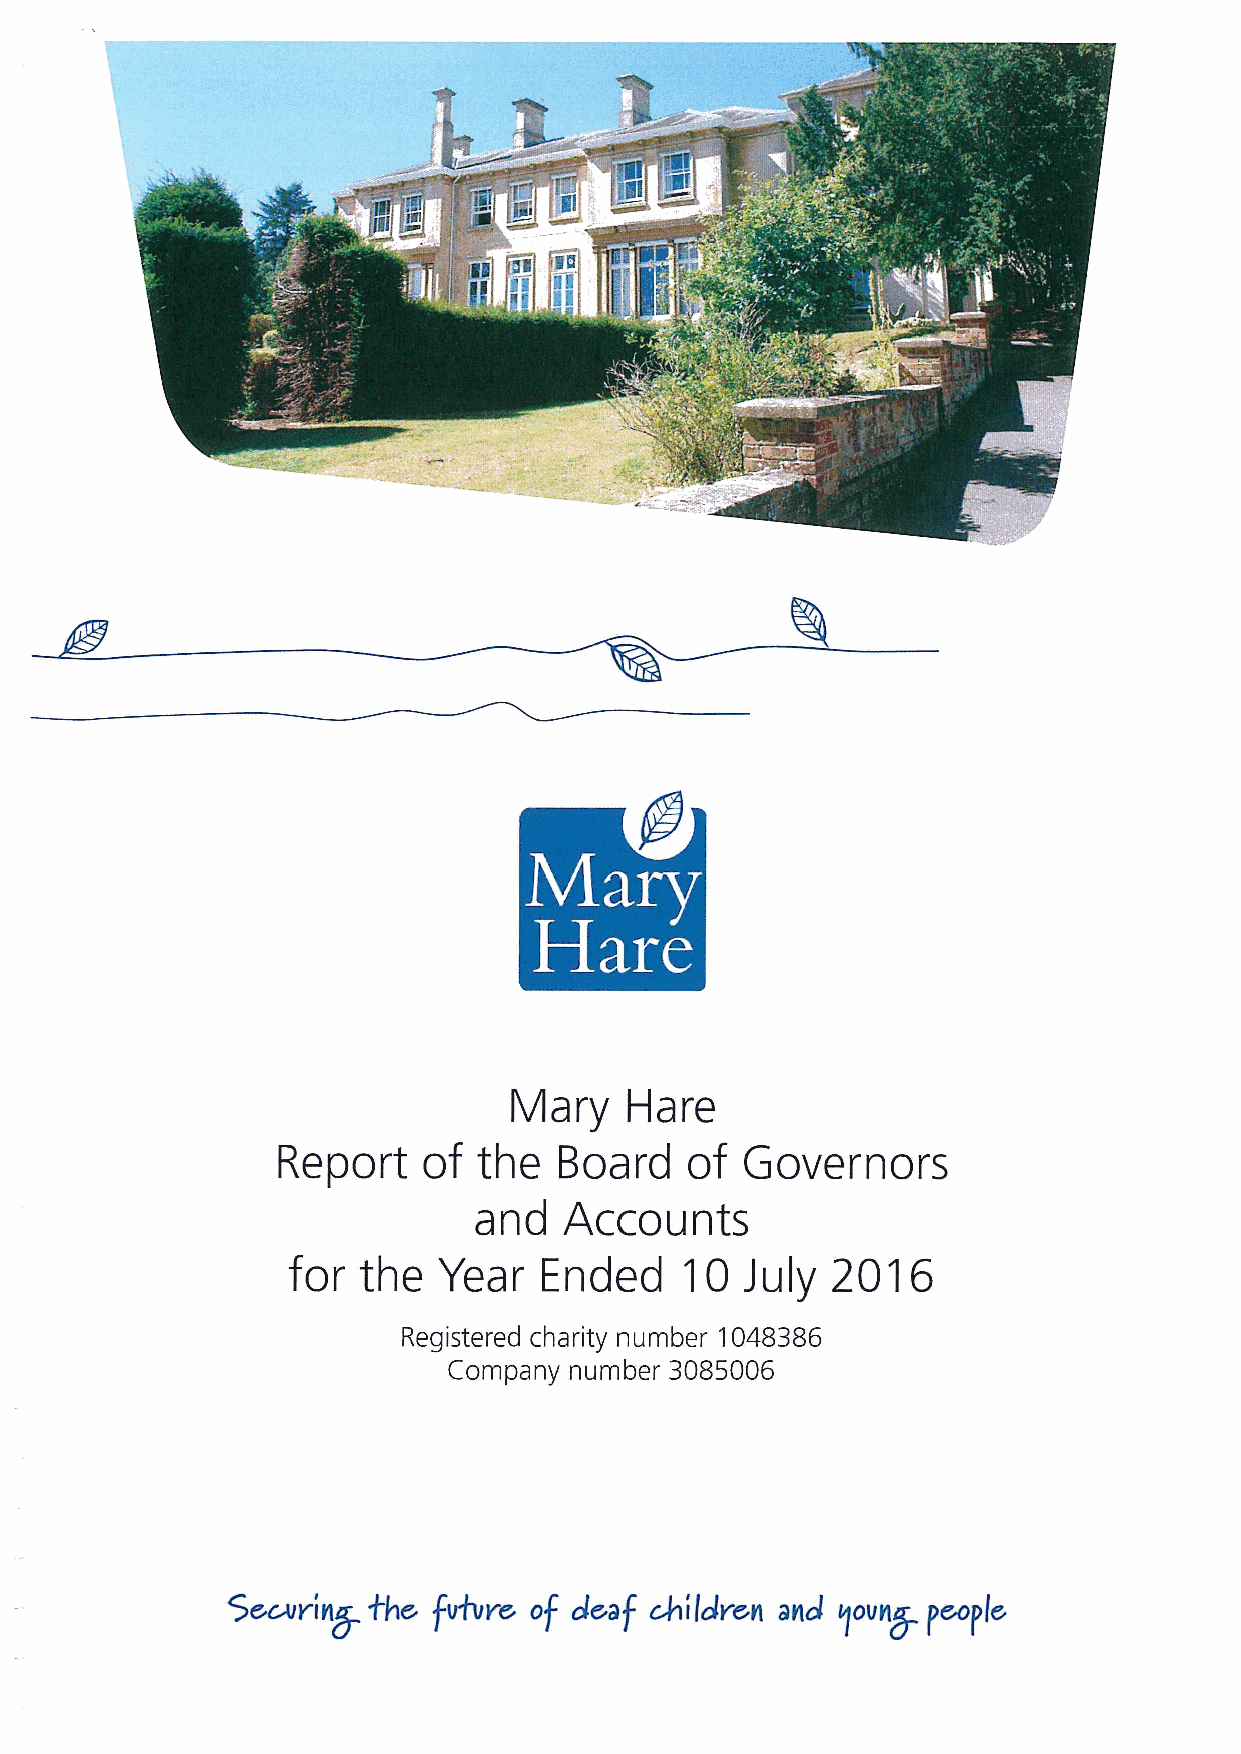
Mary   Hare
 Report    of  the  Board   of  Governors
 and   Accounts
 for  the  Year   Ended    'IO July  2016
 Registered charity number 1048386
 Company number 3085006